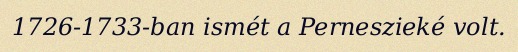
1726-1733-ban ismét a Perneszieké volt.